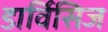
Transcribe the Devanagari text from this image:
डार्विसिज